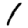
Digit: 1